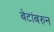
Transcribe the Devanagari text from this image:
बेटांबरुन